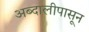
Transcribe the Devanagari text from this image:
अब्दालीपासून